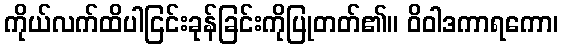
ကိုယ်လက်ထိပါငြင်းခုန်ခြင်းကိုပြုတတ်၏။ ဝိဝါဒကာရကော၊